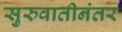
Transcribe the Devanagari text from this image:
सुरुवातीनंतर